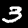
Digit: 3